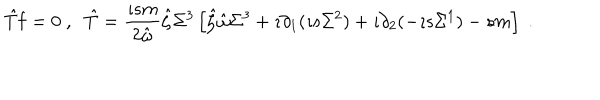
LaTeX: \hat { T } { \bf f } = 0 \; , \; \; \hat { T } = \frac { \imath s m } { 2 \hat { \omega } } \hat { \zeta } \Sigma ^ { 3 } \left[ \hat { \zeta } \hat { \omega } \Sigma ^ { 3 } + \imath \partial _ { 1 } ( \imath s \Sigma ^ { 2 } ) + \imath \partial _ { 2 } ( - \imath s \Sigma ^ { 1 } ) - s m \right] \; .